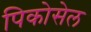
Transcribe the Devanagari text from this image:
पिकोसेल